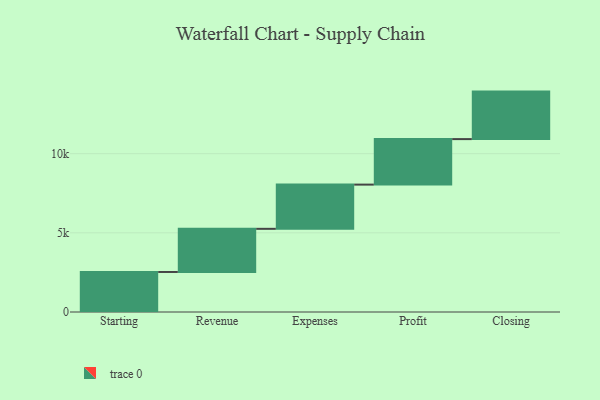
{"axis": {"x": "Step", "y": "Value"}, "legend": [""], "data": [{"x": "Starting", "y": 2528.0, "type": ""}, {"x": "Revenue", "y": 2725.0, "type": ""}, {"x": "Expenses", "y": 2793.0, "type": ""}, {"x": "Profit", "y": 2874.0, "type": ""}, {"x": "Closing", "y": 3000, "type": ""}]}